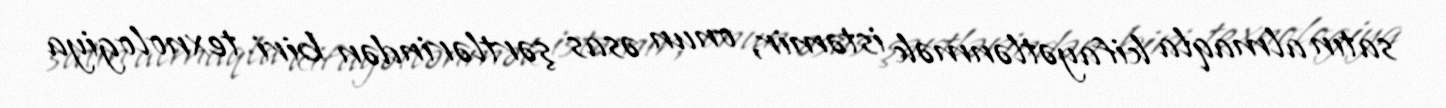
satın almaqla kifayətlənmək istəmir, onun əsas şərtlərindən biri texnologiya